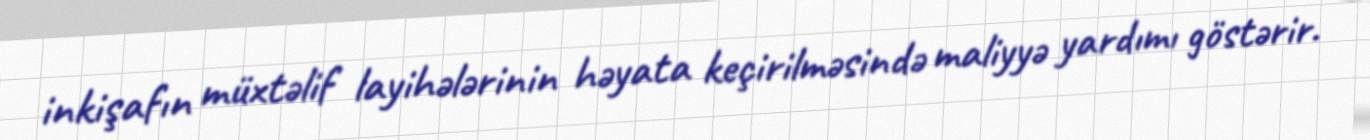
inkişafın müxtəlif layihələrinin həyata keçirilməsində maliyyə yardımı göstərir.